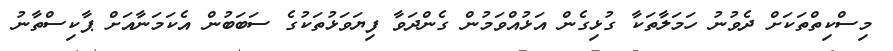
މިސްކިތްތަކަށް ދެވުނު ހަމަލާތަކާ ގުޅިގެން އަޅުއްވަމުން ގެންދަވާ ފިޔަވަޅުތަކުގެ ސަބަބުން އެކަމަނާއަށް ޕާކިސްތާނު